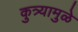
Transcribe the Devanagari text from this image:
कुत्र्यामुळे